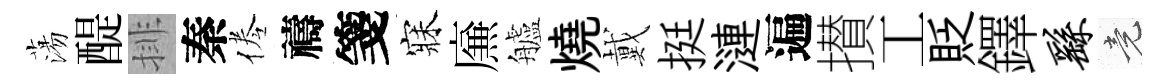
蕩醍排秦倦禱箋寐㢘艫燒戴挺漣遍攅工貶鐸繇竟